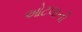
ઓટલાની